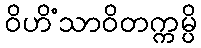
ဝိဟိံသာဝိတက္ကမ္ပိ